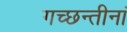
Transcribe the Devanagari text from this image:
गच्छन्तीनां